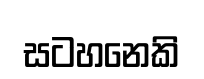
සටහනෙකි